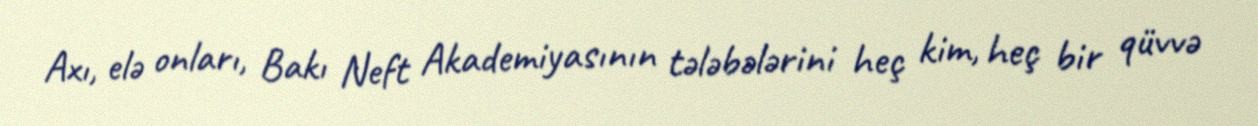
Axı, elə onları, Bakı Neft Akademiyasının tələbələrini heç kim, heç bir qüvvə